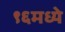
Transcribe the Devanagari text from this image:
९६मध्ये